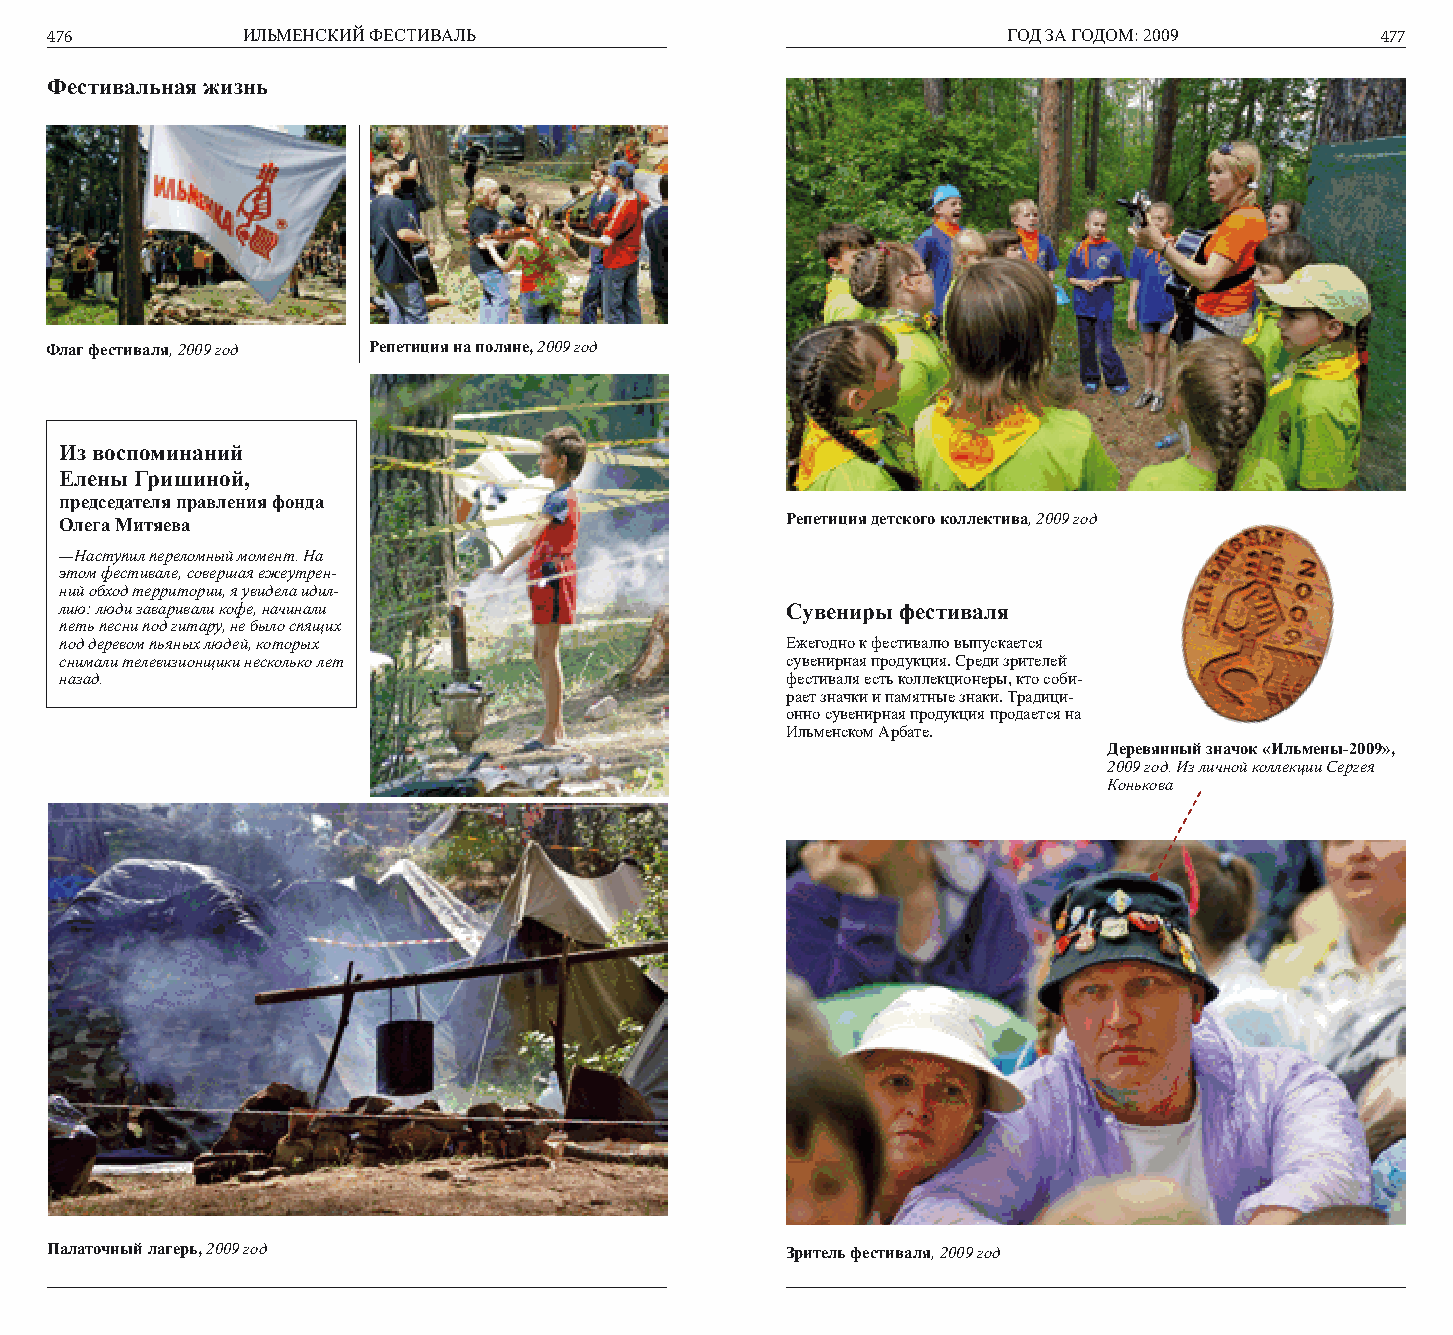
476          ИЛЬМЕНСКИЙ ФЕСТИВАЛЬ                               ГОД ЗА ГОДОМ: 2009      477
 Фестивальная жизнь
 Флаг фестиваля, 2009 год Репетиция на поляне, 2009 год
 Из воспоминаний
 Елены Гришиной,
 председателя правления фонда
 Олега Митяева                                   Репетиция детского коллектива, 2009 год
 —Наступил переломный момент. На
 этом фестивале, совершая ежеутрен-
 ний обход территории, я увидела идил-
 лию: люди заваривали кофе, начинали             Сувениры фестиваля
 петь песни под гитару, не было спящих
 под деревом пьяных людей, которых               Ежегодно к фестивалю выпускается
 снимали телевизионщики несколько лет            сувенирная продукция. Среди зрителей
 назад.                                          фестиваля есть коллекционеры, кто соби-
 рает значки и памятные знаки. Традици-
 онно сувенирная продукция продается на
 Ильменском Арбате.
 Деревянный значок «Ильмены-2009»,
 2009 год. Из личной коллекции Сергея
 Конькова
 Палаточный лагерь, 2009 год                      Зритель фестиваля, 2009 год